Civil Veterinary Department Bihar & Orissa reports 1922-29 - 1922-1929
Year: 1922
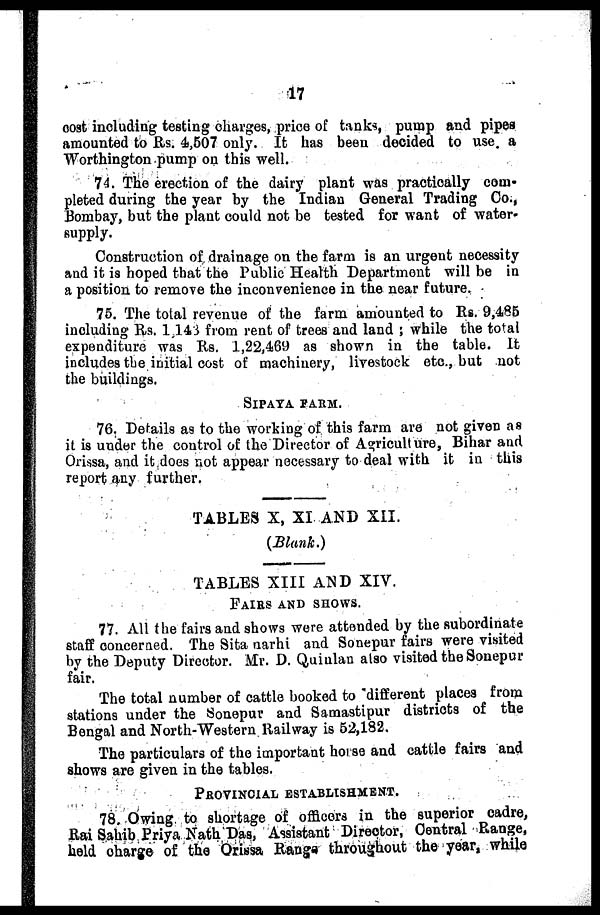
17
cost including testing charges, price of tanks, pump and pipes
amounted to Rs. 4,507 only. It has been decided to use a
Worthington pump on this well.
74. The erection of the dairy plant was practically com-
pleted during the year by the Indian General Trading Co.,
Bombay, but the plant could not be tested for want of water--
supply.
Construction of drainage on the farm is an urgent necessity
and it is hoped that the Public Health Department will be in
a position to remove the inconvenience in the near future.
75. The total revenue of the farm amounted to Its. 9,485
including Rs. 1143 from rent of trees and land ; while the total
expenditure was Rs. 1,22,469 as shown in the table. It
includes the initial cost of machinery, livestock etc., but not
the buildings.
SlPAYA FARM.
76. Details as to the working of this farm are not given as
it is under the control of the Director of Agriculture, Bihar and
Orissa, and it does not appear necessary to deal with it in this
report any further.
TABLES X, XI AND XII.
(Blank.)
TABLES XIII AND XIV.
Fairs and shows.
77. All the fairs and shows were attended by the subordinate
staff concerned. The Sita narhi and Sonepur fairs were visited
by the Deputy Director. Mr. D. Quinlan also visited the Sonepur
fair.
The total number of cattle booked to 'different places from
stations under the Sonepur and Samastipur districts of the
Bengal and North-Western Railway is 52,182.
The particulars of the important horse and cattle fairs and
shows are given in the tables.
PROVINCIAL ESTABLISHMENT.
78. Owing to shortage of officers in the superior cadre,
Rai Sahib Priya Nath Das, Assistant Director, Central Range,
held charge of the Orissa Range throughout the year, while